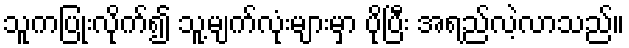
သူကပြုံးလိုက်၍ သူ့မျက်လုံးများမှာ ပိုပြီး အရည်လဲ့လာသည်။